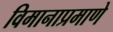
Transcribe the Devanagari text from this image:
विमानाप्रमाणे